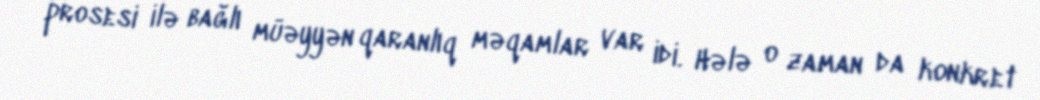
prosesi ilə bağlı müəyyən qaranlıq məqamlar var idi. Hələ o zaman da konkret